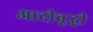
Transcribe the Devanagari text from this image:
आदीवृद्धी